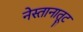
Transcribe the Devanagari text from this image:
नेस्तानातूट